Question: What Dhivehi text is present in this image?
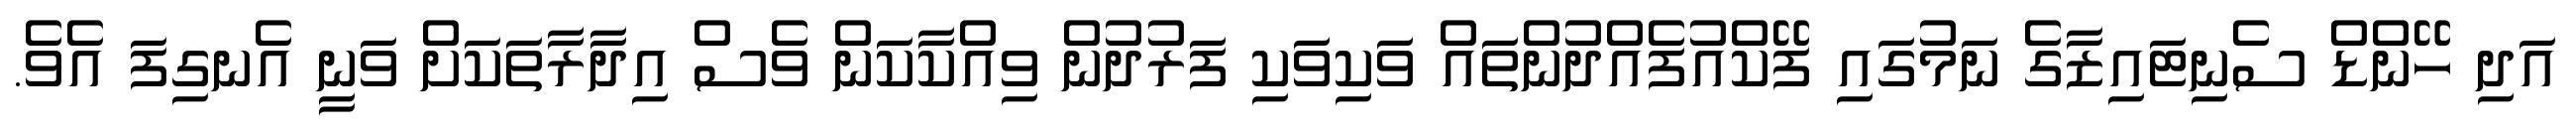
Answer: އަދި ހޭންޑް ސެނިޓައިޒާގެ ނަމުގައި ފޭކްއުފެއްދުންތައް ވަކިވަކި ފަރުދުން ވިއްކާކަން ވެސް އިދާރާތަކަށް ވަނީ އެނގިފަ އެވެ.